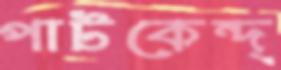
পাটকেন্দ্